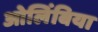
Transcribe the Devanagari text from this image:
ओलिंबिया